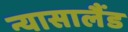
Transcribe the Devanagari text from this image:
न्यासालैंड